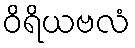
ဝိရိယဗလံ